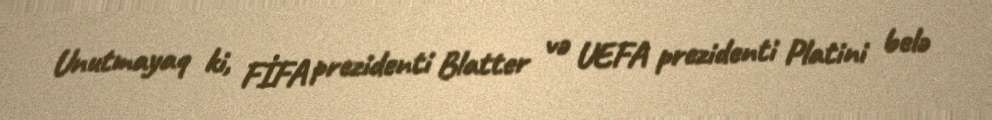
Unutmayaq ki, FİFA prezidenti Blatter və UEFA prezidenti Platini belə